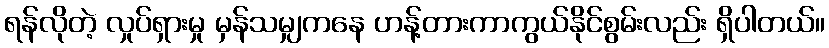
ရန်လိုတဲ့ လှုပ်ရှားမှု မှန်သမျှကနေ ဟန့်တားကာကွယ်နိုင်စွမ်းလည်း ရှိပါတယ်။